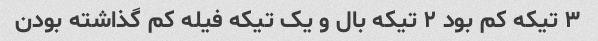
۳ تیکه کم بود ۲ تیکه بال و یک تیکه فیله کم گذاشته بودن